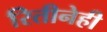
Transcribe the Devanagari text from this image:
रितीनेही